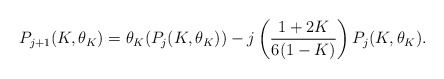
\begin{align*} P_{j+1}(K,\theta_K) = \theta_K(P_j(K,\theta_K)) - j\left(\frac{1+2K}{6(1-K)}\right)P_j(K,\theta_K).\end{align*}